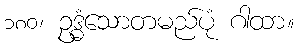
၁၈၀၊ ဥဒ္ဓံသောတမည်ပုံ ဂါထာ။